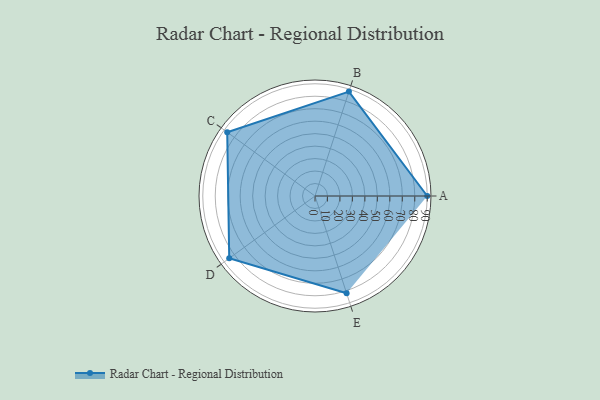
{"axis": {"x": "Skill", "y": "Score"}, "legend": ["Profile"], "data": [{"x": "A", "y": 90.0, "type": "Profile"}, {"x": "B", "y": 88.0, "type": "Profile"}, {"x": "C", "y": 87.0, "type": "Profile"}, {"x": "D", "y": 85.0, "type": "Profile"}, {"x": "E", "y": 82.0, "type": "Profile"}]}